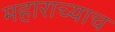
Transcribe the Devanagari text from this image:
महाराच्याच